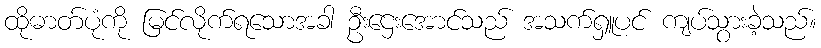
ထိုဓာတ်ပုံကို မြင်လိုက်ရသောအခါ ဦးဌေးအောင်သည် အသက်ရှူပင် ကျပ်သွားခဲ့သည်။